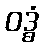
ဝဒ္ဓံ